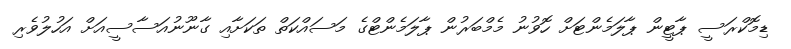
ޑިމޮކްރަސީ ޕާޓީން ޕާލަމެންޓަށް ހޮވުނު މެމްބަރުން ޕާލަމެންޓްގެ މަސައްކަތް ތަކަށާއި ގާނޫނުއަސާސީއަށް އަހުލުވެރި